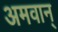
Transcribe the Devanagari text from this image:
अमवान्